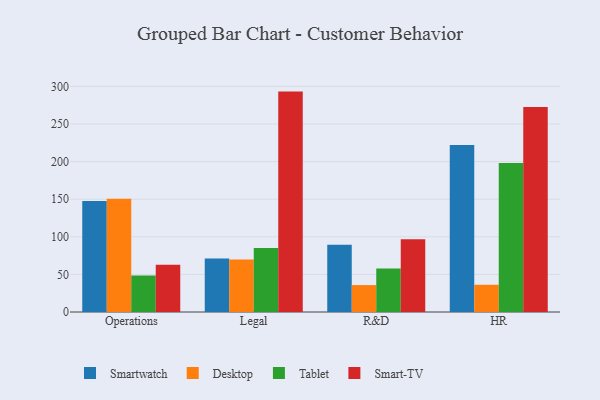
{"axis": {"x": "Department", "y": "Revenue (USD Million)"}, "legend": ["Desktop", "Smart-TV", "Smartwatch", "Tablet"], "data": [{"x": "Operations", "y": 147.5, "type": "Smartwatch"}, {"x": "Operations", "y": 150.6, "type": "Desktop"}, {"x": "Operations", "y": 48.6, "type": "Tablet"}, {"x": "Operations", "y": 62.8, "type": "Smart-TV"}, {"x": "Legal", "y": 71.1, "type": "Smartwatch"}, {"x": "Legal", "y": 69.9, "type": "Desktop"}, {"x": "Legal", "y": 85.2, "type": "Tablet"}, {"x": "Legal", "y": 293.1, "type": "Smart-TV"}, {"x": "R&D", "y": 89.4, "type": "Smartwatch"}, {"x": "R&D", "y": 35.8, "type": "Desktop"}, {"x": "R&D", "y": 57.9, "type": "Tablet"}, {"x": "R&D", "y": 96.7, "type": "Smart-TV"}, {"x": "HR", "y": 222.2, "type": "Smartwatch"}, {"x": "HR", "y": 36.2, "type": "Desktop"}, {"x": "HR", "y": 198.1, "type": "Tablet"}, {"x": "HR", "y": 272.5, "type": "Smart-TV"}]}